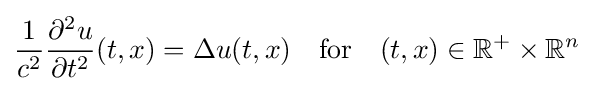
{\frac {1}{c^{2}}}{\frac {\partial ^{2}u}{\partial t^{2}}}(t,x)=\Delta u(t,x)\quad \mathrm {for} \quad (t,x)\in \mathbb {R} ^{+}\times \mathbb {R} ^{n}